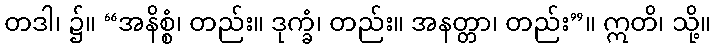
တဒါ၊ ၌။ “အနိစ္စံ၊ တည်း။ ဒုက္ခံ၊ တည်း။ အနတ္တာ၊ တည်း”။ ဣတိ၊ သို့။